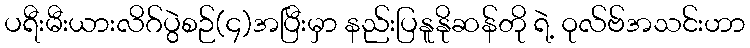
ပရီးမီးယားလိဂ်ပွဲစဉ်(၄)အပြီးမှာ နည်းပြနူနိုဆန်တို ရဲ့ ဝုလ်ဗ်အသင်းဟာ